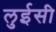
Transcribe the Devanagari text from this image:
लुईसी